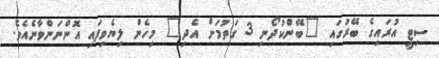
ސިޓީ އުރައިގެ ބޭރުގައި "ބޭންކުދޯނި 3 ގަތުމަށް އެދި" މިހެން ލިޔެވިފައި އޮންނަންވާނެއެވެ.